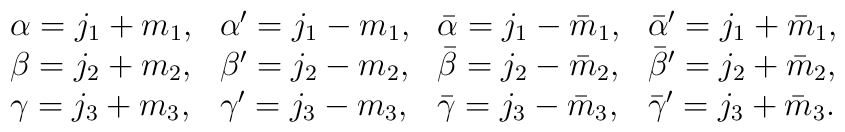
\begin{array}{llll} \alpha       =j_1+m_1, & \alpha'      =j_1-m_1, & \bar{\alpha} =j_1-\bar{m}_1, & \bar{\alpha}'=j_1+\bar{m}_1, \\ \beta        =j_2+m_2, & \beta'       =j_2-m_2, & \bar{\beta}  =j_2-\bar{m}_2, & \bar{\beta}' =j_2+\bar{m}_2, \\ \gamma       =j_3+m_3, & \gamma'      =j_3-m_3, & \bar{\gamma}=j_3-\bar{m}_3, & \bar{\gamma}'=j_3+\bar{m}_3.\end{array}